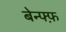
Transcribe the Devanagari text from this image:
बेन्फ्फ़